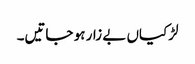
لڑکیاں بے زار ہو جاتیں۔